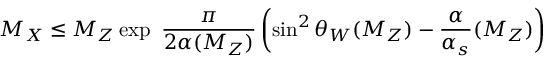
M _ { X } \leq M _ { Z } \exp { \ \frac \pi { 2 \alpha { ( M _ { Z } ) } } \left( \sin ^ { 2 } \theta _ { W } ( M _ { Z } ) - \frac \alpha { \alpha _ { s } } { ( M _ { Z } ) } \right) }